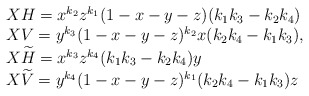
\begin{align*}\begin{array}{l}XH=x^{k_2}z^{k_1}(1-x-y-z)(k_1 k_3 - k_2 k_4 ) \\XV=y^{k_3}(1-x-y-z)^{k_2}x(k_2 k_4 -k_1 k_3),\\ X\widetilde{H}=x^{k_3}z^{k_4}(k_1 k_3 - k_2 k_4)y \\X\widetilde{V}=y^{k_4}(1-x-y-z)^{k_1}(k_2k_4 - k_1k_3)z\end{array}\end{align*}